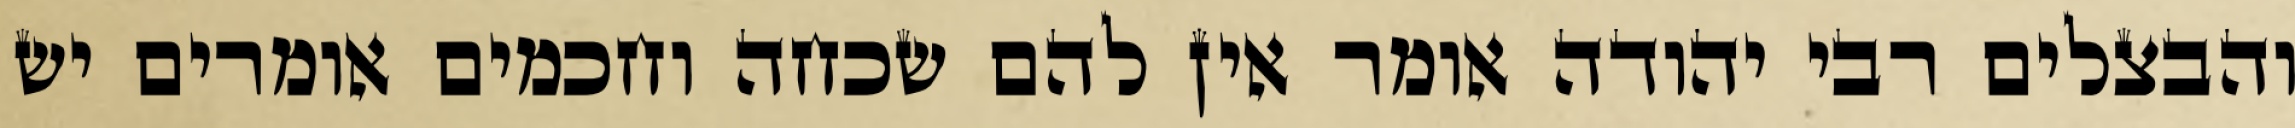
והבצלים רבי יהודה אומר אין להם שכחה וחכמים אומרים יש